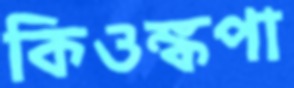
কিওঙ্কপা